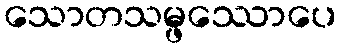
သောတသမ္ဖဿောပေ